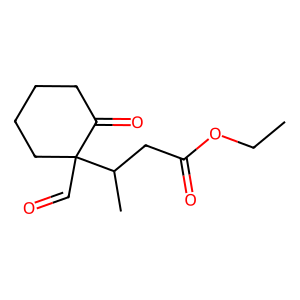
SMILES: CCOC(=O)CC(C)C1(C=O)CCCCC1=O
Inhibits HIV replication: No